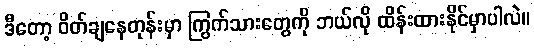
ဒီတော့ ဝိတ်ချနေတုန်းမှာ ကြွက်သားတွေကို ဘယ်လို ထိန်းထားနိုင်မှာပါလဲ။